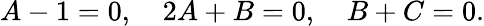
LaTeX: A-1=0,\quad 2A+B=0,\quad B+C=0.